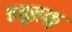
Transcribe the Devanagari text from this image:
हळुह़ळु